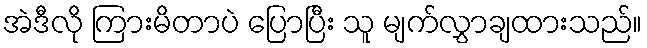
အဲဒီလို ကြားမိတာပဲ ပြောပြီး သူ မျက်လွှာချထားသည်။